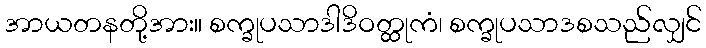
အာယတနတို့အား။ စက္ခုပသာဒါဒိဝတ္ထုကံ၊ စက္ခုပသာဒစသည်လျှင်